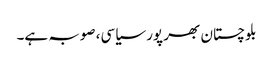
بلوچستان بھر پور سیاسی، صوبہ ہے۔